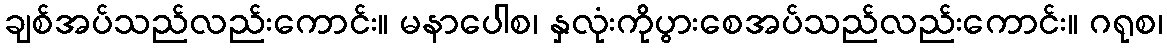
ချစ်အပ်သည်လည်းကောင်း။ မနာပေါစ၊ နှလုံးကိုပွားစေအပ်သည်လည်းကောင်း။ ဂရုစ၊